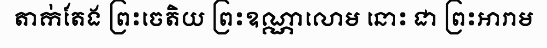
តាក់តែង ព្រះចេតិយ ព្រះឧណ្ណាលោម នោះ ជា ព្រះអារាម